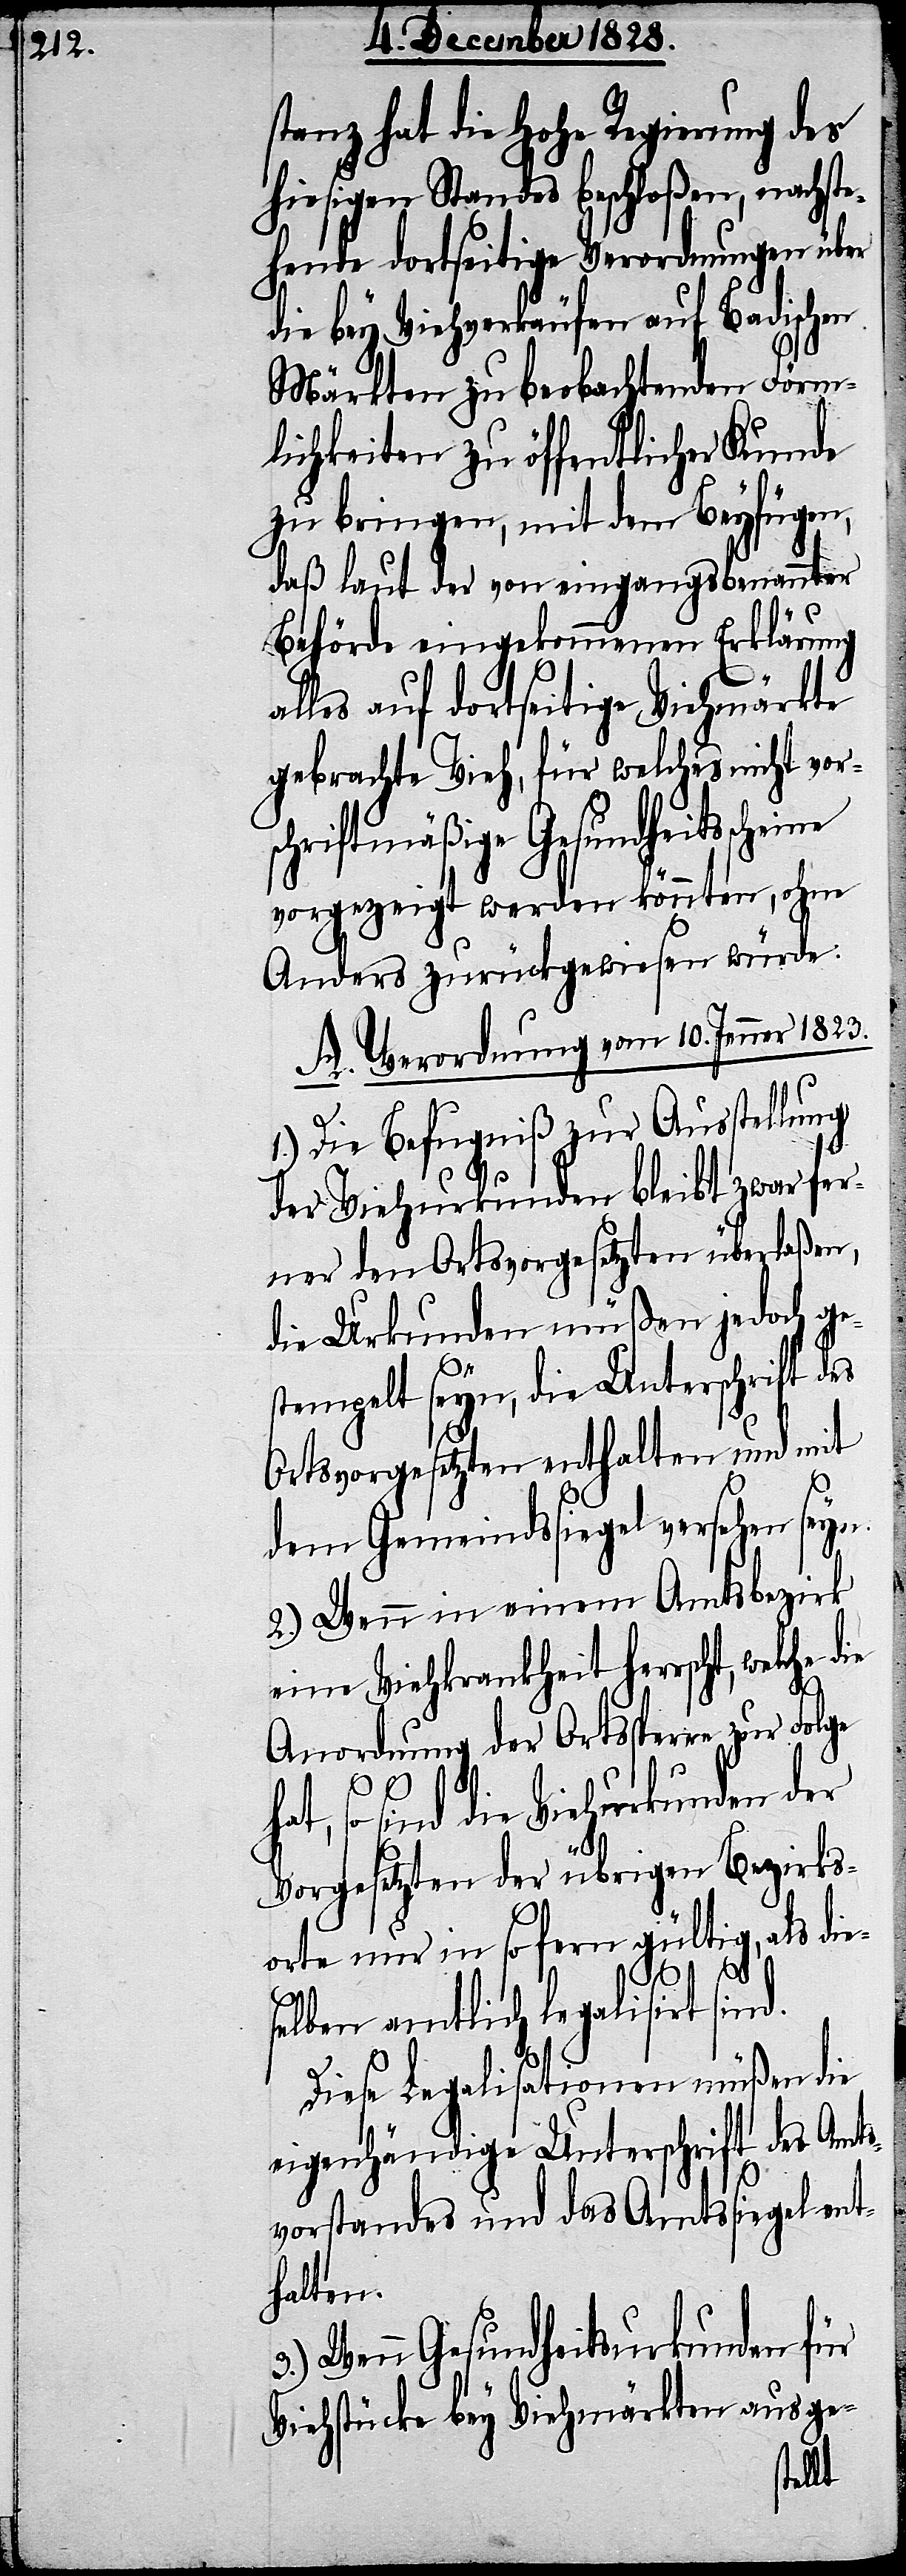
stanz hat die Hohe Regierung des
hiesigen Standes beschloßen, nachste¬
hende dortseitige Verordnungen über
die bey Viehverkäufen auf Badischen
Märkten zu beobachtenden Förm¬
lichkeiten zu öffentlicher Kunde
zu bringen, mit dem Beyfügen,
daß laut der von eingangsbenannter
Behörde eingekommenen Erklärung
alles auf dortseitige Viehmärkte
gebrachte Vieh, für welches nicht vor¬
schriftmäßige Gesundheitssche¬
vorgezeigt werden könnten, ohne
Anders zurückgewiesen würde:
A. Verordnung vom 10. Jenner 1823.
1.) Die Befugniß zur Ausstellung
der Viehurkunden bleibt zwar fer¬
ner den Ortsvorgesetzten überlaßen,
die Urkunden müßen jedoch ge¬
stempelt seyn, die Unterschrift des
Ortsvorgesetzten enthalten und mit
dem Gemeindssiegel versehen seyn.
2.) Wenn in einem Amtsbezirk
eine Viehkrankheit herrscht, welche
Anordnung der Ortssperre zur Folge
so sind die Viehurkunden der
Vorgesetzten der übrigen Bezirks¬
orte nur in so fern gültig, als die¬
selben amtlich legalisirt sind.
3.)
Diese Legalisationen müßen die
eigenhändige Unterschrift des Amts¬
vorstandes und das Amtssiegel ent¬
halten.
Wenn Gesundheitsurkunden für
Viehstücke bey Viehmärkten ausge-